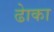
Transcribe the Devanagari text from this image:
ढाेका